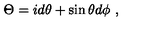
\Theta = i d \theta + \sin \theta d \phi \ ,